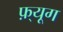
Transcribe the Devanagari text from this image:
फ़्यूग